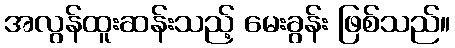
အလွန်ထူးဆန်းသည့် မေးခွန်း ဖြစ်သည်။